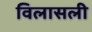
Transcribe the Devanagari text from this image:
विलासली